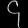
Digit: ၄